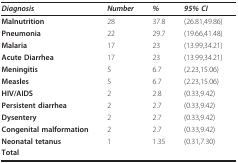
<table><thead><tr><td><b><i>Diagnosis</i></b></td><td><b><i>Number</i></b></td><td><b><i>%</i></b></td><td><b><i>95% CI</i></b></td></tr></thead><tbody><tr><td><b>Malnutrition</b></td><td>28</td><td>37.8</td><td>(26.81,49.86)</td></tr><tr><td><b>Pneumonia</b></td><td>22</td><td>29.7</td><td>(19.66,41.48)</td></tr><tr><td><b>Malaria</b></td><td>17</td><td>23</td><td>(13.99,34.21)</td></tr><tr><td><b>Acute Diarrhea</b></td><td>17</td><td>23</td><td>(13.99,34.21)</td></tr><tr><td><b>Meningitis</b></td><td>5</td><td>6.7</td><td>(2.23,15.06)</td></tr><tr><td><b>Measles</b></td><td>5</td><td>6.7</td><td>(2.23,15.06)</td></tr><tr><td><b>HIV/AIDS</b></td><td>2</td><td>2.8</td><td>(0.33,9.42)</td></tr><tr><td><b>Persistent diarrhea</b></td><td>2</td><td>2.7</td><td>(0.33,9.42)</td></tr><tr><td><b>Dysentery</b></td><td>2</td><td>2.7</td><td>(0.33,9.42)</td></tr><tr><td><b>Congenital malformation</b></td><td>2</td><td>2.7</td><td>(0.33,9.42)</td></tr><tr><td><b>Neonatal tetanus</b></td><td>1</td><td>1.35</td><td>(0.31,7.30)</td></tr><tr><td><b>Total</b></td><td></td><td></td><td></td></tr></tbody></table>